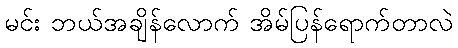
မင်း ဘယ်အချိန်လောက် အိမ်ပြန်ရောက်တာလဲ